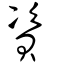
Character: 資